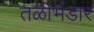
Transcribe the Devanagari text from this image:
तळीभंडार